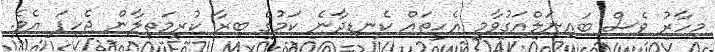
މިހާރު ވެސް ބައިނަލްއަގުވާމީ އެހީތައް ކެނޑިދާނެ ކަމުގެ ބިރާ ކުރިމަތިލާން ޖެހިފަ އެވެ.